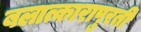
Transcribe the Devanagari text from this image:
बलात्कारापुरती